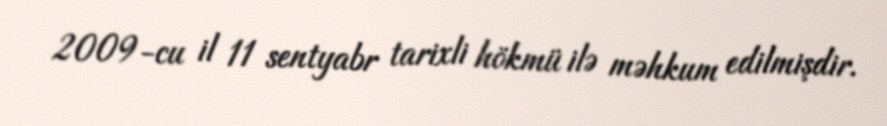
2009-cu il 11 sentyabr tarixli hökmü ilə məhkum edilmişdir.